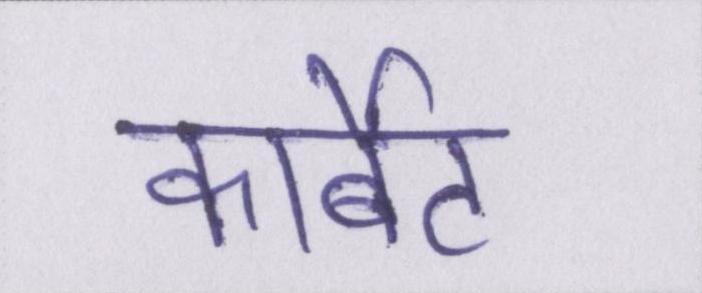
कार्बेट